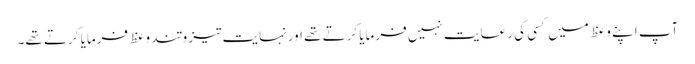
آپ اپنے وعظ میں کسی کی رعایت نہیں فرمایا کرتے تھے اورنہایت تیز و تند وعظ فرمایا کرتے تھے۔